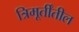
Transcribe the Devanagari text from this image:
त्रिमूर्तींतील